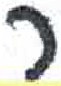
אות: ר